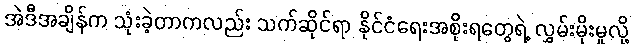
အဲဒီအချိန်က သုံးခဲ့တာကလည်း သက်ဆိုင်ရာ နိုင်ငံရေးအစိုးရတွေရဲ့ လွှမ်းမိုးမှုလို့